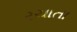
રચાતા